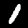
Digit: 1